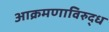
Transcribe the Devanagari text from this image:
आक्रमणाविरुद्ध